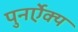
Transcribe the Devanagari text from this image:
पुनर्ऐक्य